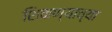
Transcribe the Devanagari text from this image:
शिकण्याच्‍या